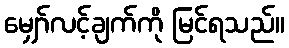
မျှော်လင့်ချက်ကို မြင်ရသည်။